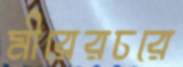
মীরেরচরে